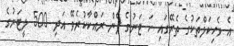
އެ ވެހިކަލްތަކުގެ ތެރޭގައި ހަ ޓަނުގެ ފެން ރައްކާކުރެވޭ އަދި 500 ލީޓަރުގެ